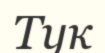
Тук